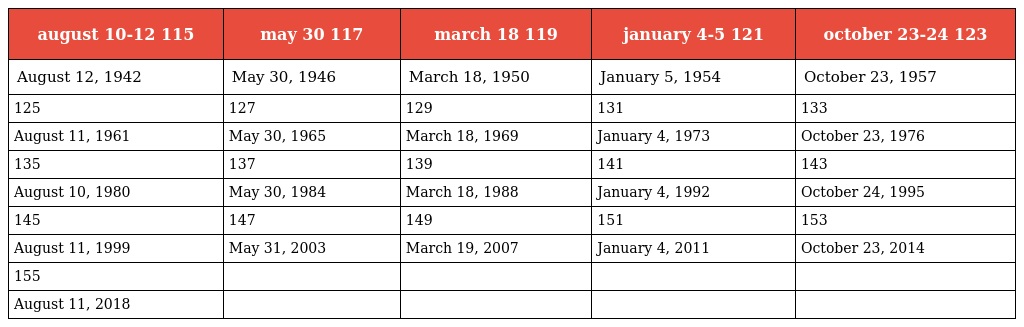
| august 10-12 115 | may 30 117 | march 18 119 | january 4-5 121 | october 23-24 123 |
 | --- | --- | --- | --- | --- |
 | August 12, 1942 | May 30, 1946 | March 18, 1950 | January 5, 1954 | October 23, 1957 |
 | 125 | 127 | 129 | 131 | 133 |
 | August 11, 1961 | May 30, 1965 | March 18, 1969 | January 4, 1973 | October 23, 1976 |
 | 135 | 137 | 139 | 141 | 143 |
 | August 10, 1980 | May 30, 1984 | March 18, 1988 | January 4, 1992 | October 24, 1995 |
 | 145 | 147 | 149 | 151 | 153 |
 | August 11, 1999 | May 31, 2003 | March 19, 2007 | January 4, 2011 | October 23, 2014 |
 | 155 |  |  |  |  |
 | August 11, 2018 |  |  |  |  |